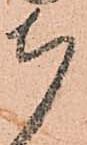
ち